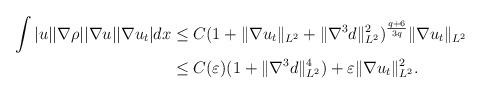
LaTeX: \begin{align*}\begin{aligned}\int |u| |\nabla \rho| |\nabla u| |\nabla u_t| dx&\le C(1+\|\nabla u_t\|_{L^2}+\|\nabla^3 d\|_{L^2}^2)^{\frac{q+6}{3q}} \|\nabla u_t\|_{L^2}\\&\le C(\varepsilon)(1+\|\nabla^3 d\|_{L^2}^4)+\varepsilon\|\nabla u_t\|_{L^2}^2.\end{aligned}\end{align*}